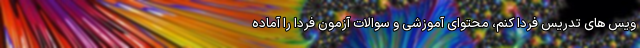
ویس های تدریس فردا کنم، محتوای آموزشی و سوالات آزمون فردا را آماده